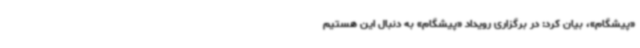
«پیشگام»، بیان کرد: در برگزاری رویداد «پیشگام» به دنبال این هستیم